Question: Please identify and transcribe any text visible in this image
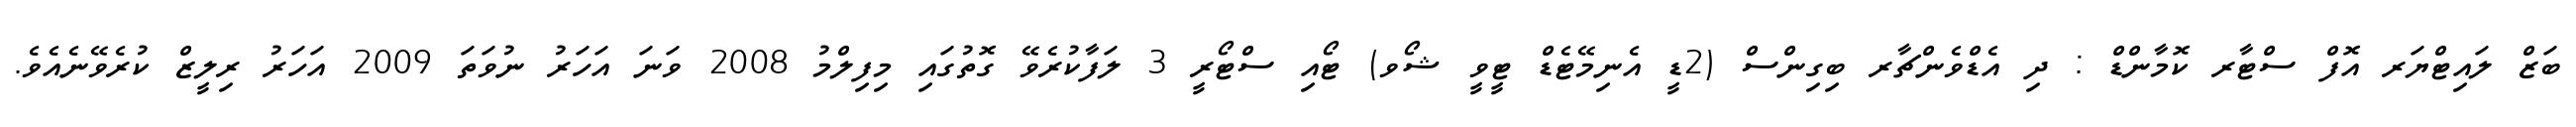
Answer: ބަޒް ލައިޓްޔަރ އޮފް ސްޓާރ ކޮމާންޑް : ދި އެޑްވެންޗާރ ބިގިންސް (2ޑީ އެނިމޭޓެޑް ޓީވީ ޝޯވ) ޓޯއި ސްޓޯރީ 3 ލަފާކުރެވޭ ގޮތުގައި މިފިލްމު 2008 ވަނަ އަހަރު ނުވަތަ 2009 އަހަރު ރިލީޒް ކުރެވޭނެއެވެ.